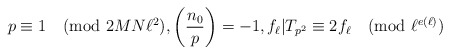
\begin{align*} p\equiv 1\pmod{2MN\ell^2}, \left(\frac{n_0}{p}\right)=-1, f_{\ell}|T_{p^2}\equiv 2f_{\ell} \pmod{\ell^{e(\ell)}}\end{align*}